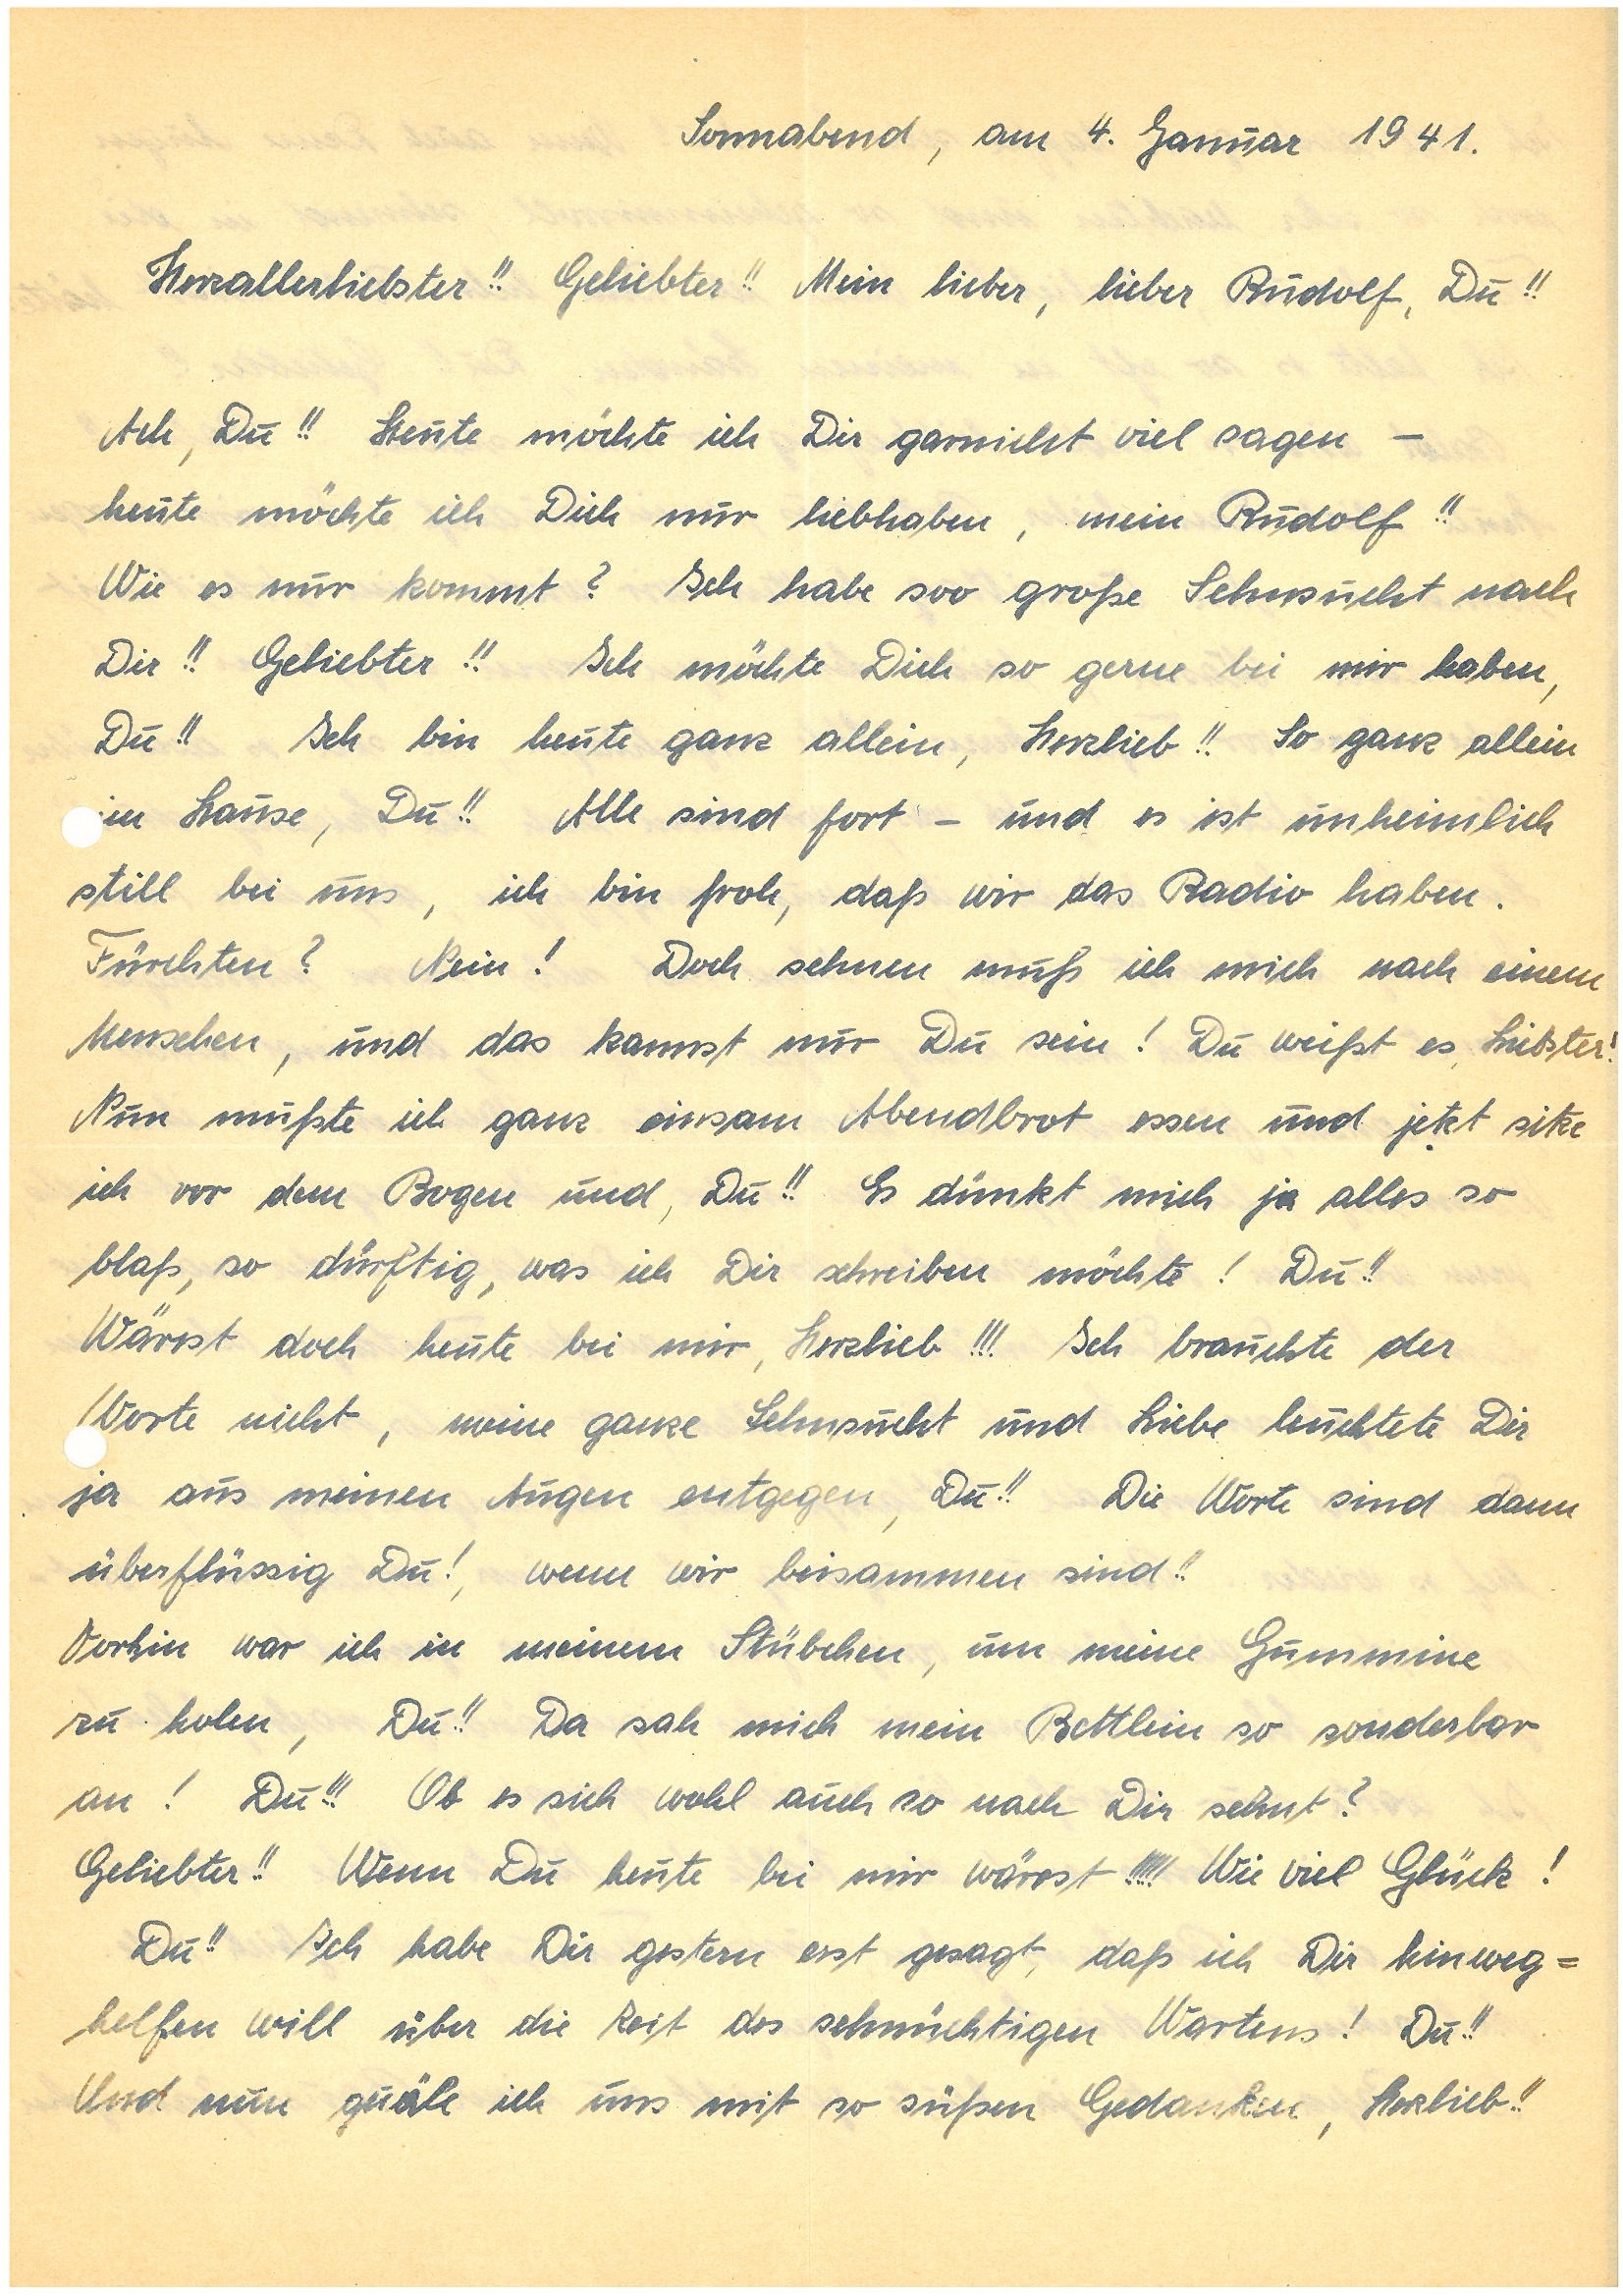
Sonnabend, am 4. Januar 1941.
Herzallerliebster!! Geliebter!! Mein lieber, lieber , Du!!
Ach, Du!! Heute möchte ich Dir garnicht viel sagen –
heute möchte ich Dich nur liebhaben, mein !!
Wie es nur kommt? Ich habe soo große Sehnsucht nach
Dir!! Geliebter!! Ich möchte Dich so gerne bei mir haben,
Du!! Ich bin heute ganz allein, Herzlieb!! So ganz allein
m Hause, Du!! Alle sind fort – und es ist unheimlich
still bei uns, ich bin froh, daß wir das Radio haben.
Fürchten? Nein! Doch sehnen muß ich mich nach einem
Menschen, und das kannst nur Du sein! Du weißt es, Liebster!
Nun mußte ich ganz einsam Abendbrot essen und jetzt sitze
ich vor dem Bogen und, Du!! Es dünkt mich ja alles so
blaß, so dürftig, was ich Dir schreiben möchte! Du!!
Wärest doch heute bei mir, Herzlieb!!! Ich brauchte der
Worte nicht, meine ganze Sehnsucht und Liebe leuchtete Dir
ja aus meinen Augen entgegen, Du!! Die Worte sind dann
überflüssig Du!, wenn wir beisammen sind!!
Vorhin war ich in meinem Stübchen, um meine Gummine
zu holen, Du!! Da sah mich mein Bettlein so sonderbar
an! Du!!! Ob es sich wohl auch so nach Dir sehnt?
Geliebter!! Wenn Du heute bei mir wärest!!!!! Wie viel Glück!
Du!! Ich habe Dir gestern erst gesagt, daß ich Dir hinweg¬
helfen will über die Zeit des sehnsüchtigen Wartens! Du!!
Und nun quäle ich uns mit so süßen Gedanken, Herzlieb!!